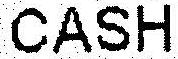
CASH